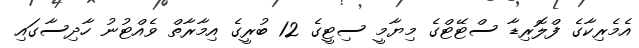
އެމެރިކާގެ ފްލޮރިޑާ ސްޓޭޓްގެ މިޔާމީ ސިޓީގެ 12 ބުރީގެ އިމާރާތް ވެއްޓުނު ހާދިސާގައި